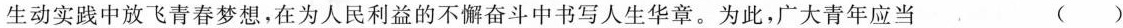
生动实践中放飞青春梦想，在为人民利益的不懈奋斗中书写人生华章。为此，广大青年应当 ( )